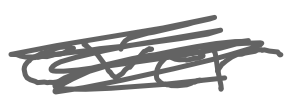
Text: ever
Cross-out: scratch
Writing tool: digital_gray